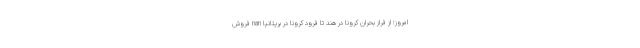
امروز؛ از فراز بحران کرونا در هند تا فرود کرونا در بریتانیا nan فروش